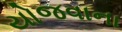
યોજવાના